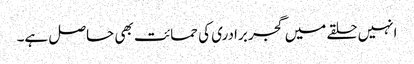
انہیں حلقے میں گجر برادری کی حمائت بھی حاصل ہے۔